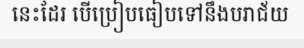
នេះដែរ បើប្រៀបធៀបទៅនឹងបរាជ័យ